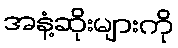
အနံ့ဆိုးများကို